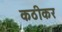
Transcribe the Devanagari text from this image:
कठीकर